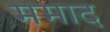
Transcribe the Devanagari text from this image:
ममाद